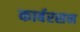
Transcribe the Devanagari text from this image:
कार्बरसन